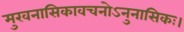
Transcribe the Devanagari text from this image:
मुखनासिकावचनोऽनुनासिकः।